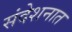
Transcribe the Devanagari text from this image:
संदेशनात